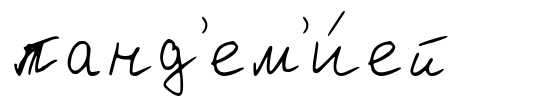
панд'ем'и́ей